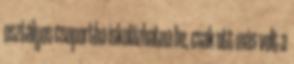
osztályos csoportba iskolázhatna be, csak ott más volt a